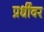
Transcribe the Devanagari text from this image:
प्रधींवर